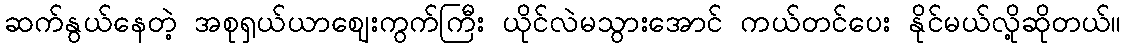
ဆက်နွယ်နေတဲ့ အစုရှယ်ယာဈေးကွက်ကြီး ယိုင်လဲမသွားအောင် ကယ်တင်ပေး နိုင်မယ်လို့ဆိုတယ်။